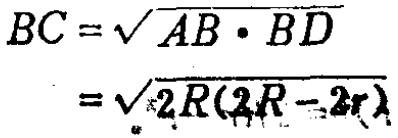
\[
\begin{align*}
BC&=\sqrt{AB\cdot BD}\\
&=\sqrt{2R(2R - 2r)}
\end{align*}
\]